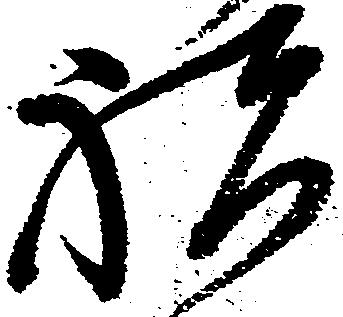
祝